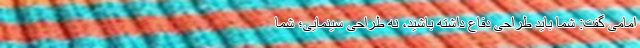
امامی گفت: شما باید طراحی دفاع داشته باشید، نه طراحی سینمایی؛ شما